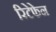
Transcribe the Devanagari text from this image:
रिटेफेन